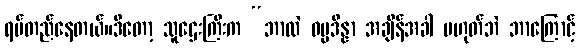
ရပ်တည်နေတယ်။ဒီတော့ သူဌေးကြီးက “ဘာလဲ ဓမ္မဒိန္နာ အချိန်အခါ မဟုတ်ဘဲ ဘာကြောင့်